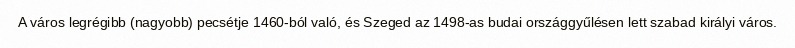
A város legrégibb (nagyobb) pecsétje 1460-ból való, és Szeged az 1498-as budai országgyűlésen lett szabad királyi város.